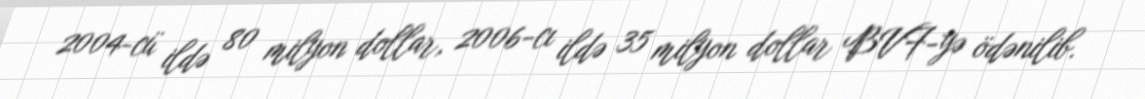
2004-cü ildə 80 milyon dollar, 2006-cı ildə 35 milyon dollar BVF-yə ödənilib.